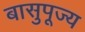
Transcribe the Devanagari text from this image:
बासुपूज्य